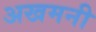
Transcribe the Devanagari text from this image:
अखमनी